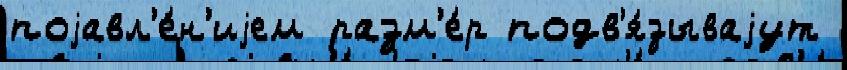
поjавл'е́н'иjем разм'е́р подв'я́зываjут